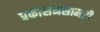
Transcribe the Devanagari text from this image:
प्रकाशनसामग्री